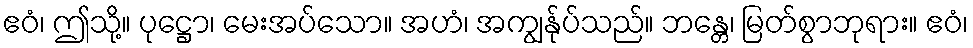
ဧဝံ၊ ဤသို့။ ပုဋ္ဌော၊ မေးအပ်သော။ အဟံ၊ အကျွန်ုပ်သည်။ ဘန္တေ၊ မြတ်စွာဘုရား။ ဧဝံ၊